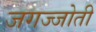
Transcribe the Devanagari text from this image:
जगज्जोती